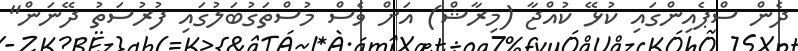
ދެން ސްޕެއިންގައި ކުޅޭ ކުއްޖާ (މިރާޝް) އަށް ވެސް މުސްތަގުބަލުގައި ފުރުސަތު ދޭނަން"